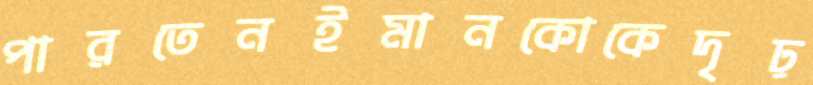
পারতেনইমানকোকেদৃঢ়